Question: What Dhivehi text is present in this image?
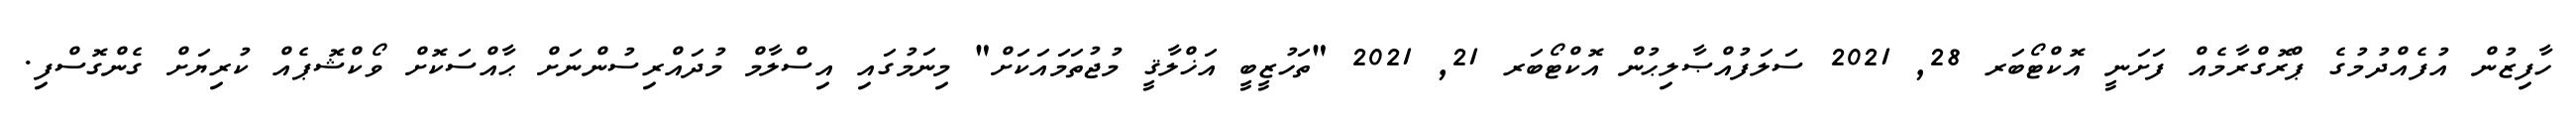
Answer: ހާފިޒުން އުފެއްދުމުގެ ޕްރޮގްރާމެއް ފަށަނީ އޮކްޓޯބަރ 28, 2021 ސަލަފުއްޞާލިޙުން އޮކްޓޯބަރ 21, 2021 "ތަހުޒީބީ އަޚްލާޤީ މުޖުތަމައަކަށް" މިނަމުގައި އިސްލާމް މުދައްރިސުންނަށް ޙާއްސަކޮށް ވޯކްޝޮޕެއް ކުރިޔަށް ގެންގޮސްފި.